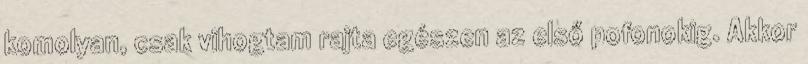
komolyan, csak vihogtam rajta egészen az első pofonokig. Akkor